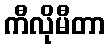
ကီလိုမီတာ